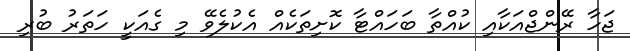
ޖަހާ ރޭންޖްއަކާއި ކުއްތާ ބަހައްޓާ ކޮށިތަކެއް އެކުލެވޭ މި ގެއަކީ ހަތަރު ބުރި